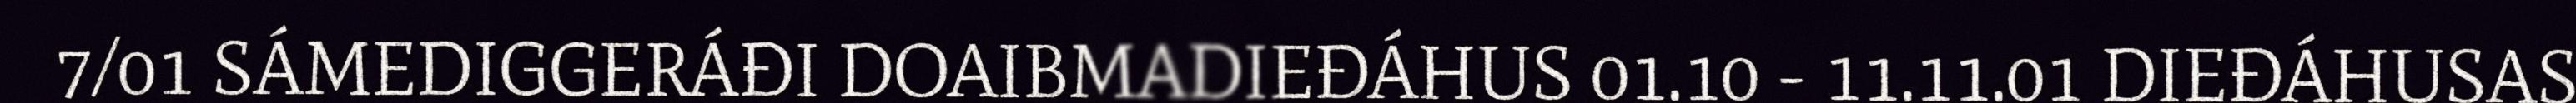
7/01 SÁMEDIGGERÁĐI DOAIBMADIEĐÁHUS 01.10 - 11.11.01 DIEĐÁHUSAS